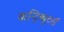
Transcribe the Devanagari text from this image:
कन्ट्रिब्यूटर्स